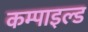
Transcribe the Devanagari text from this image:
कम्पाइल्ड